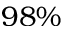
9 8 \%